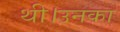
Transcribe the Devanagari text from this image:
थी।उनका